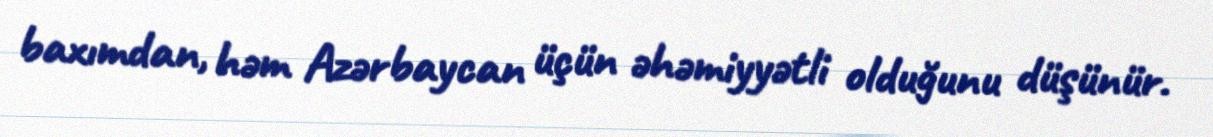
baxımdan, həm Azərbaycan üçün əhəmiyyətli olduğunu düşünür.